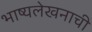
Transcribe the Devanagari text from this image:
भाष्यलेखनाची